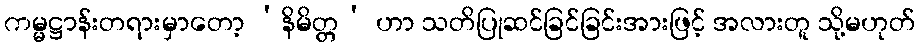
ကမ္မဋ္ဌာန်းတရားမှာတော့ ‘နိမိတ္တ’ ဟာ သတိပြုဆင်ခြင်ခြင်းအားဖြင့် အလားတူ သို့မဟုတ်